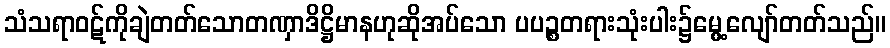
သံသရာဝဋ်ကိုချဲတတ်သောတဏှာဒိဋ္ဌိမာနဟုဆိုအပ်သော ပပဉ္စတရားသုံးပါး၌မွေ့လျော်တတ်သည်။